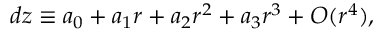
d z \equiv a _ { 0 } + a _ { 1 } r + a _ { 2 } r ^ { 2 } + a _ { 3 } r ^ { 3 } + O ( r ^ { 4 } ) ,